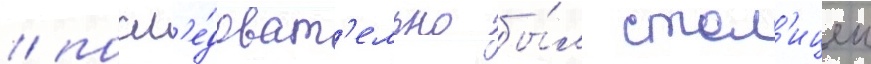
/ посл'е́доват'ельно бы́л стол'ицеи